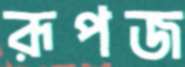
রূপজ